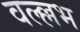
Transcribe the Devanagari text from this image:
वल्ल्लभ